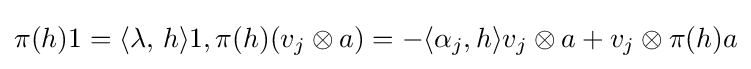
\pi (h)1=\langle \lambda ,\,h\rangle 1,\pi (h)(v_{j}\otimes a)=-\langle \alpha _{j},h\rangle v_{j}\otimes a+v_{j}\otimes \pi (h)a